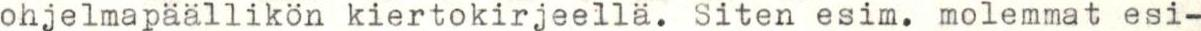
ohjelmapäällikän kiertokirjeellä. Siten esim. molemmat esi-